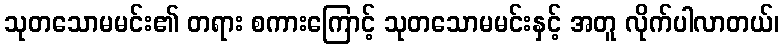
သုတသောမမင်း၏ တရား စကားကြောင့် သုတသောမမင်းနှင့် အတူ လိုက်ပါလာတယ်၊